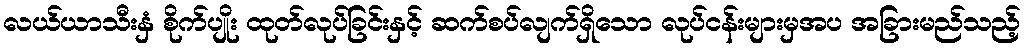
လယ်ယာသီးနှံ စိုက်ပျိုး ထုတ်လုပ်ခြင်းနှင့် ဆက်စပ်လျက်ရှိသော လုပ်ငန်းများမှအပ အခြားမည်သည့်